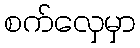
စက်လှေမှာ